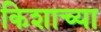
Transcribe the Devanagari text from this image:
किशाच्या